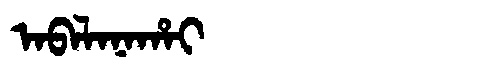
Manchu: ᠠᠪᠠᠯᠠᠨᠠᡥᠠᡳ
Romanization: ABALANAHAI